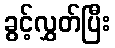
ခွင့်လွှတ်ပြီး